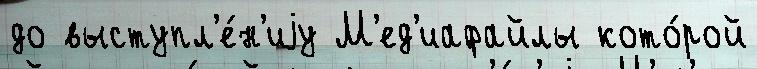
до выступл'е́н'иjу М'ед'иафайлы кото́рой